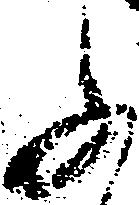
ふ